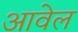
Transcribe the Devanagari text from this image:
आवेल